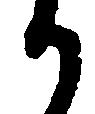
か